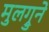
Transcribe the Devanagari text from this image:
मुलग्रुने